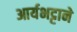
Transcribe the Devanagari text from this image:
आर्यभट्टाने